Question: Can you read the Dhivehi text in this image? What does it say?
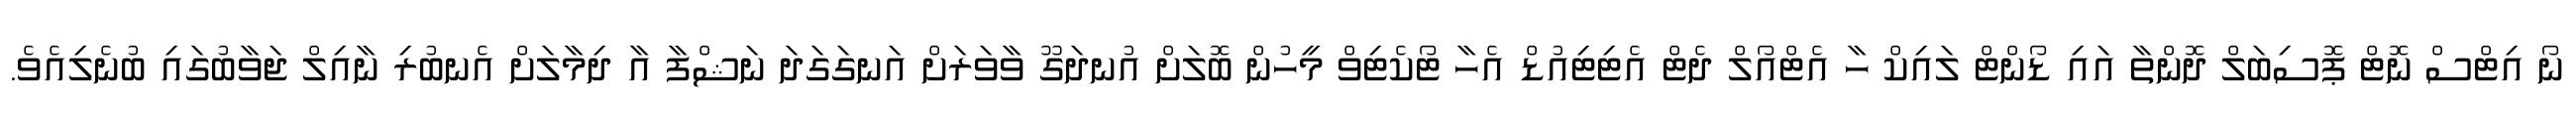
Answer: ނޯ އިޓްސް ނޮޓް ޕޮސިބަލް ދޮންތާ އައި ޑޯންޓް ލައިކް ހާ އެޓްއޯލް ދެޓް އެޓިޓިއުޑް އެހާ ޓޯކެޓިވް މީހުން ބޮލަށް އުނދަގޫ ވާވަރަށް އަނގަގަދަ ނަޝްފާ އާ ދިމާލަށް އެނބުރި ނާއިލް ޖަވާބުގައި ބުނެލިއެވެ.